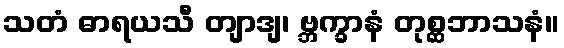
သတံ ဓာရယသီ တျာဒျ၊ ဗ္ဘက္ခာနံ တုစ္ဆဘာသနံ။